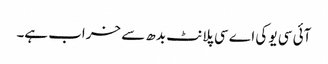
آئی سی یو کی اے سی پلانٹ بدھ سے خراب ہے۔